Report on the working of the Ranchi Indian Mental Hospital, Kanke, in Bihar and Orissa - 1930-1940
Year: 1930
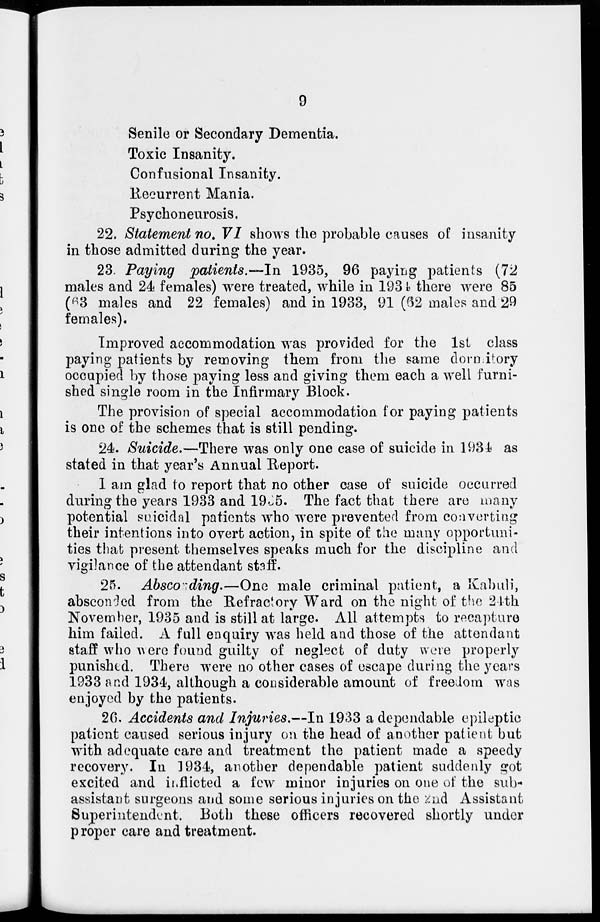
9
Senile or Secondary Dementia.
Toxic Insanity.
Confusional Insanity.
Recurrent Mania.
Psychoneurosis.
22. Statement no. VI shows the probable causes of insanity
in those admitted during the year.
23. Paying patients.—In
1935, 96 paying patients (72
males and 24 females) were treated, while in 1934 there were 85
(63 males and 22 females) and in 1933, 91 (62 males and 29
females).
Improved accommodation was provided for the 1st class
paying patients by removing them from the same domitory
occupied by those paying less and giving them each a well furni-
shed single room in the Infirmary Block.
The provision of special accommodation for paying patients
is one of the schemes that is still pending.
24. Suicide.—There was only one case of suicide in 1934 as
stated in that year's Annual Report.
I am glad to report that no other case of suicide occurred
during the years 1933 and 1935. The fact that there are many
potential suicidal patients who were prevented from converting
their intentions into overt action, in spite of the many opportuni-
ties that present themselves speaks much for the discipline and
vigilance of the attendant staff.
25. Absconding.—One male criminal patient, a Kabuli,
absconded from the Refractory Ward on the night of the 24th
November, 1935 and is still at large. All attempts to recapture
him failed. A full enquiry was held and those of the attendant
staff who were found guilty of neglect of duty were properly
punished. There were no other cases of escape during the years
1933 and 1934, although a considerable amount of freedom was
enjoyed by the patients.
26. Accidents and Injuries.—In 1933 a dependable epileptic
patient caused serious injury on the head of another patient but
with adequate care and treatment the patient made a speedy
recovery. In 1934, another dependable patient suddenly got
excited and inflicted a few minor injuries on one of the sub-
assistant surgeons and some serious injuries on the 2nd Assistant
Superintendent. Both these officers recovered shortly under
proper care and treatment.